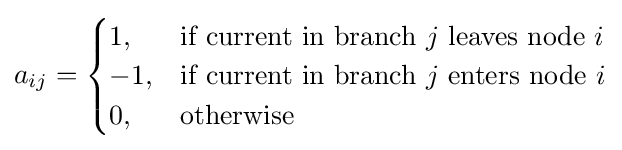
a_{ij}={\begin{cases}1,&{\text{if current in branch }}j{\text{ leaves node }}i\\-1,&{\text{if current in branch }}j{\text{ enters node }}i\\0,&{\text{otherwise}}\end{cases}}